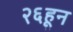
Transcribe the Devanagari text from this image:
२६हून